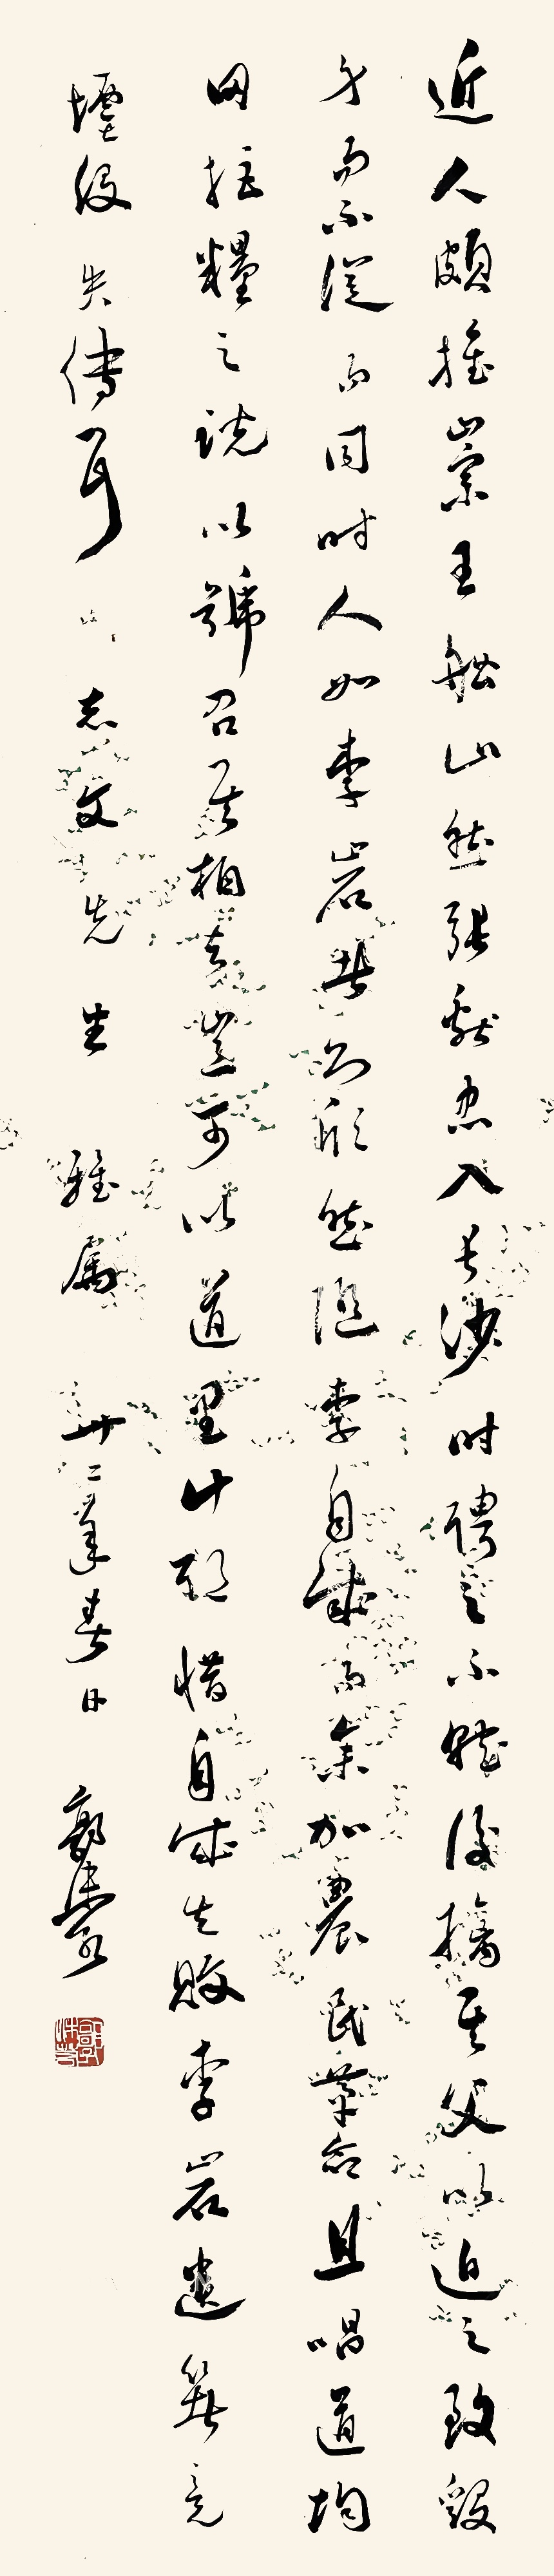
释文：近人颇推崇王船山，然张献忠入长沙时聘之不就，后擒其父以迫之，至毁身而不从。而同时人如李岩者，则欣然随李自成而参加农民革命，且唱道均田拒粮之说以号召，其相去岂可以道里计耶？惜自成失败，李岩遗著竟堙没失传耳。志文先生雅属，卅二（1943）年春日，郭沫若。